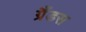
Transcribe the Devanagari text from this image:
ग्रैंडस